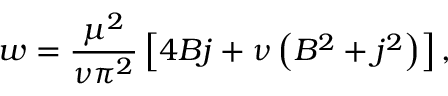
w = \frac { \mu ^ { 2 } } { \nu \pi ^ { 2 } } \left[ 4 B j + \nu \left( B ^ { 2 } + j ^ { 2 } \right) \right] ,